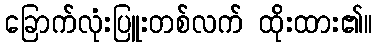
ခြောက်လုံးပြူးတစ်လက် ထိုးထား၏။